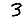
Digit: 3